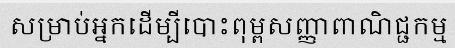
សម្រាប់អ្នកដើម្បីបោះពុម្ពសញ្ញាពាណិជ្ជកម្ម